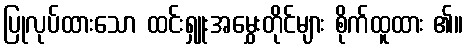
ပြုလုပ်ထားသော ထင်းရှူးအမွှေးတိုင်များ စိုက်ထူထား ၏။